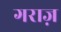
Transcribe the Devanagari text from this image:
गराज़